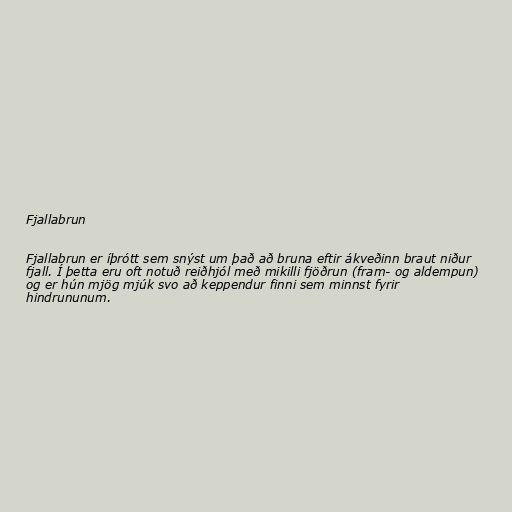
Fjallabrun

Fjallabrun er íþrótt sem snýst um það að bruna eftir ákveðinn braut niður
fjall. Í þetta eru oft notuð reiðhjól með mikilli fjöðrun (fram- og aldempun)
og er hún mjög mjúk svo að keppendur finni sem minnst fyrir
hindrununum.